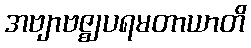
အဗျာဗဇ္ဈပရမတာယာတိ